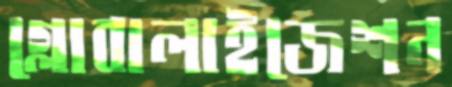
গ্লোবালাইজেশন